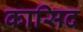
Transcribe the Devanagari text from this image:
कासिद